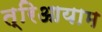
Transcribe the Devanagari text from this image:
त्रिआयाम